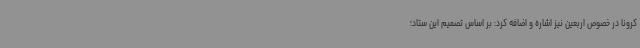
کرونا در خصوص اربعین نیز اشاره و اضافه کرد: بر اساس تصمیم این ستاد؛